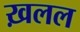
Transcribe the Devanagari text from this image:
ख़लल